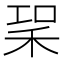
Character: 𥞣